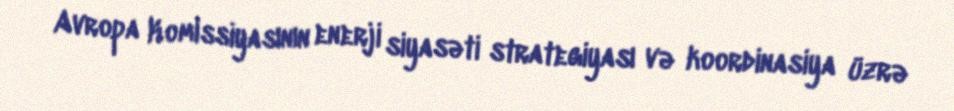
Avropa Komissiyasının enerji siyasəti strategiyası və koordinasiya üzrə